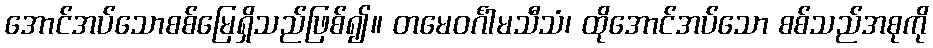
အောင်အပ်သောစစ်မြေရှိသည်ဖြစ်၍။ တမေဝင်္ဂါမသီသံ၊ ထိုအောင်အပ်သော စစ်သည်အစုကို